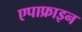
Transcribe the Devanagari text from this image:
एपाफ्राइन